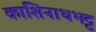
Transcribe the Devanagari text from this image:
काशिनाथभट्ट